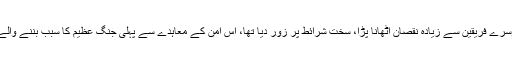
باوجود اس کے کہ فرانس نے، جسے "عظیم چار" میں شامل دوسرے فریقین سے زيادہ نقصان اٹھانا پڑا، سخت شرائط پر زور دیا تھا، اس امن کے معاہدے سے پہلی جنگ عظیم کا سبب بننے والے بین الاقوامی تنازعات حل کرنے میں مدد حاصل نہيں ہو سکی۔